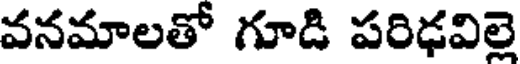
వనమాలతో గూడి పరిఢవిల్లె